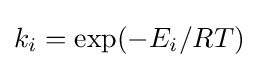
k_{i}=\exp(-E_{i}/RT)